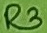
Text: R3